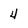
Character: 4